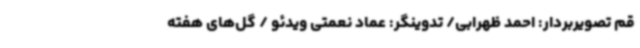
قم تصویربردار: احمد ظهرابی/ تدوینگر: عماد نعمتی ویدئو / گل‌های هفته